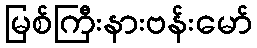
မြစ်ကြီးနားဗန်းမော်